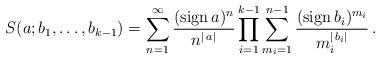
LaTeX: \begin{align*}S(a;b_1,\ldots,b_{k-1})=\sum_{n=1}^\infty\frac{({\rm sign}\,a)^{n}}{n^{|\,a|}}\prod_{i=1}^{k-1}\sum_{m_i=1}^{n-1}\frac{({\rm sign}\,b_i)^{m_i}}{m_i^{|\,b_i|}}\,.\end{align*}